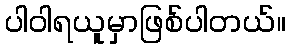
ပါဝါရယူမှာဖြစ်ပါတယ်။